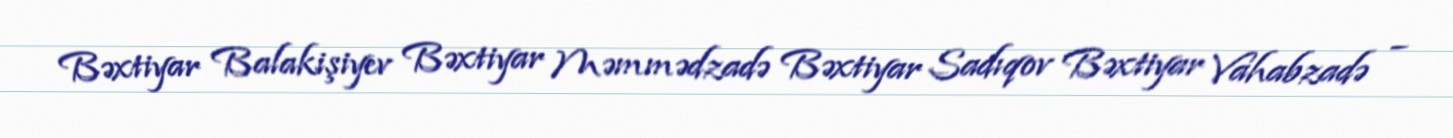
Bəxtiyar Balakişiyev Bəxtiyar Məmmədzadə Bəxtiyar Sadıqov Bəxtiyar Vahabzadə –